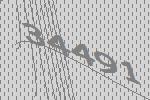
34491